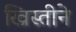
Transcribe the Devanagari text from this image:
ख्रिस्तीने